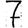
Digit: 7